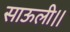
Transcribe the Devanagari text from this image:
साऊली।।